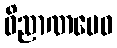
ဝိညာဏမေဝ